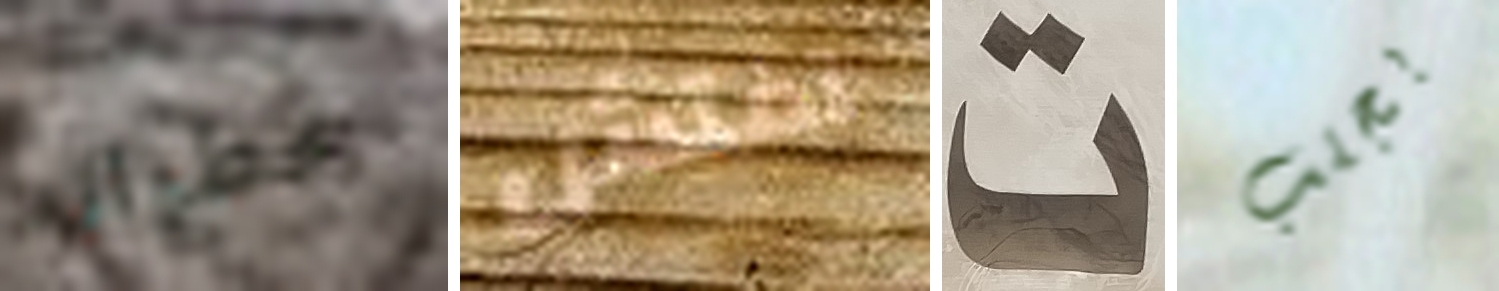
خطواته تفتش ت بجلب